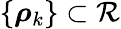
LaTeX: \{ \boldsymbol{\rho}_{k}\} \subset\mathcal{R}